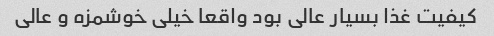
کیفیت غذا بسیار عالی بود واقعا خیلی خوشمزه و عالی